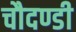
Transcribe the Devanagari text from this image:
चौदण्डी